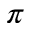
\pi